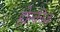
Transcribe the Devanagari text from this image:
होन्कीज